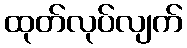
ထုတ်လုပ်လျက်